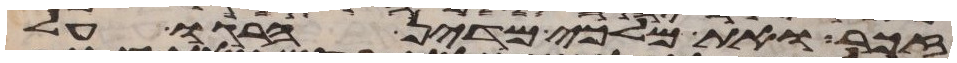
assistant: זכר ואת מלכי מדין הרגו על